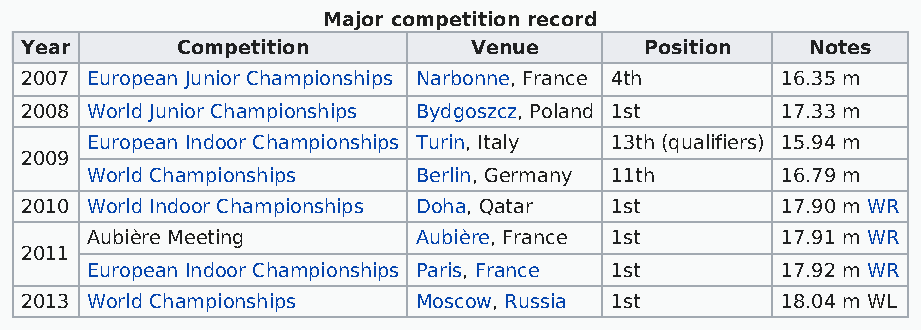
Major competition record
 Year       Competition        Venue       Position   Notes
 2007 European Junior Championships Narbonne, France 4th 16.35 m
 2008 World Junior Championships Bydgoszcz, Poland 1st 17.33 m
 European Indoor Championships Turin, Italy 13th (qualifiers) 15.94 m
 2009
 World Championships   Berlin, Germany 11th    16.79 m
 2010 World Indoor Championships Doha, Qatar 1st    17.90 m WR
 Aubière Meeting       Aubière, France 1st     17.91 m WR
 2011
 European Indoor Championships Paris, France 1st 17.92 m WR
 2013 World Championships   Moscow, Russia 1st      18.04 m WL